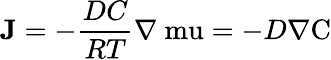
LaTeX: \mathbf{J}=-\frac{DC}{RT}\mathrm{\nabla\ mu}=-D\mathrm{\nabla C}